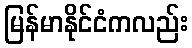
မြန်မာနိုင်ငံကလည်း